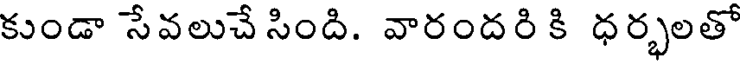
కుండా సేవలుచే సింది. వారందరి కి ధర్భలతో